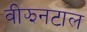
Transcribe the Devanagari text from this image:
वीझनटाल